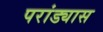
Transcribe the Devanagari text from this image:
परांड्यास